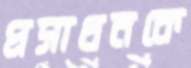
প্রসাধনকে